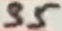
Text: 35